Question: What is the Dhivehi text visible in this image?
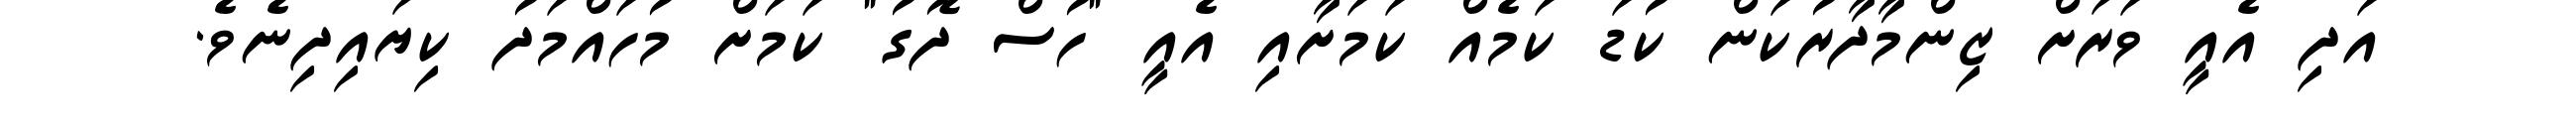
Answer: އަދި އެއީ ވަރަށް ޒިންމާދާރުކަން ކުޑަ ކަމެއް ކަމަށާއި އެއީ "ހުސް ދޮގު" ކަމަށް މުހައްމަދު ކިޔައިދިނެވެ.